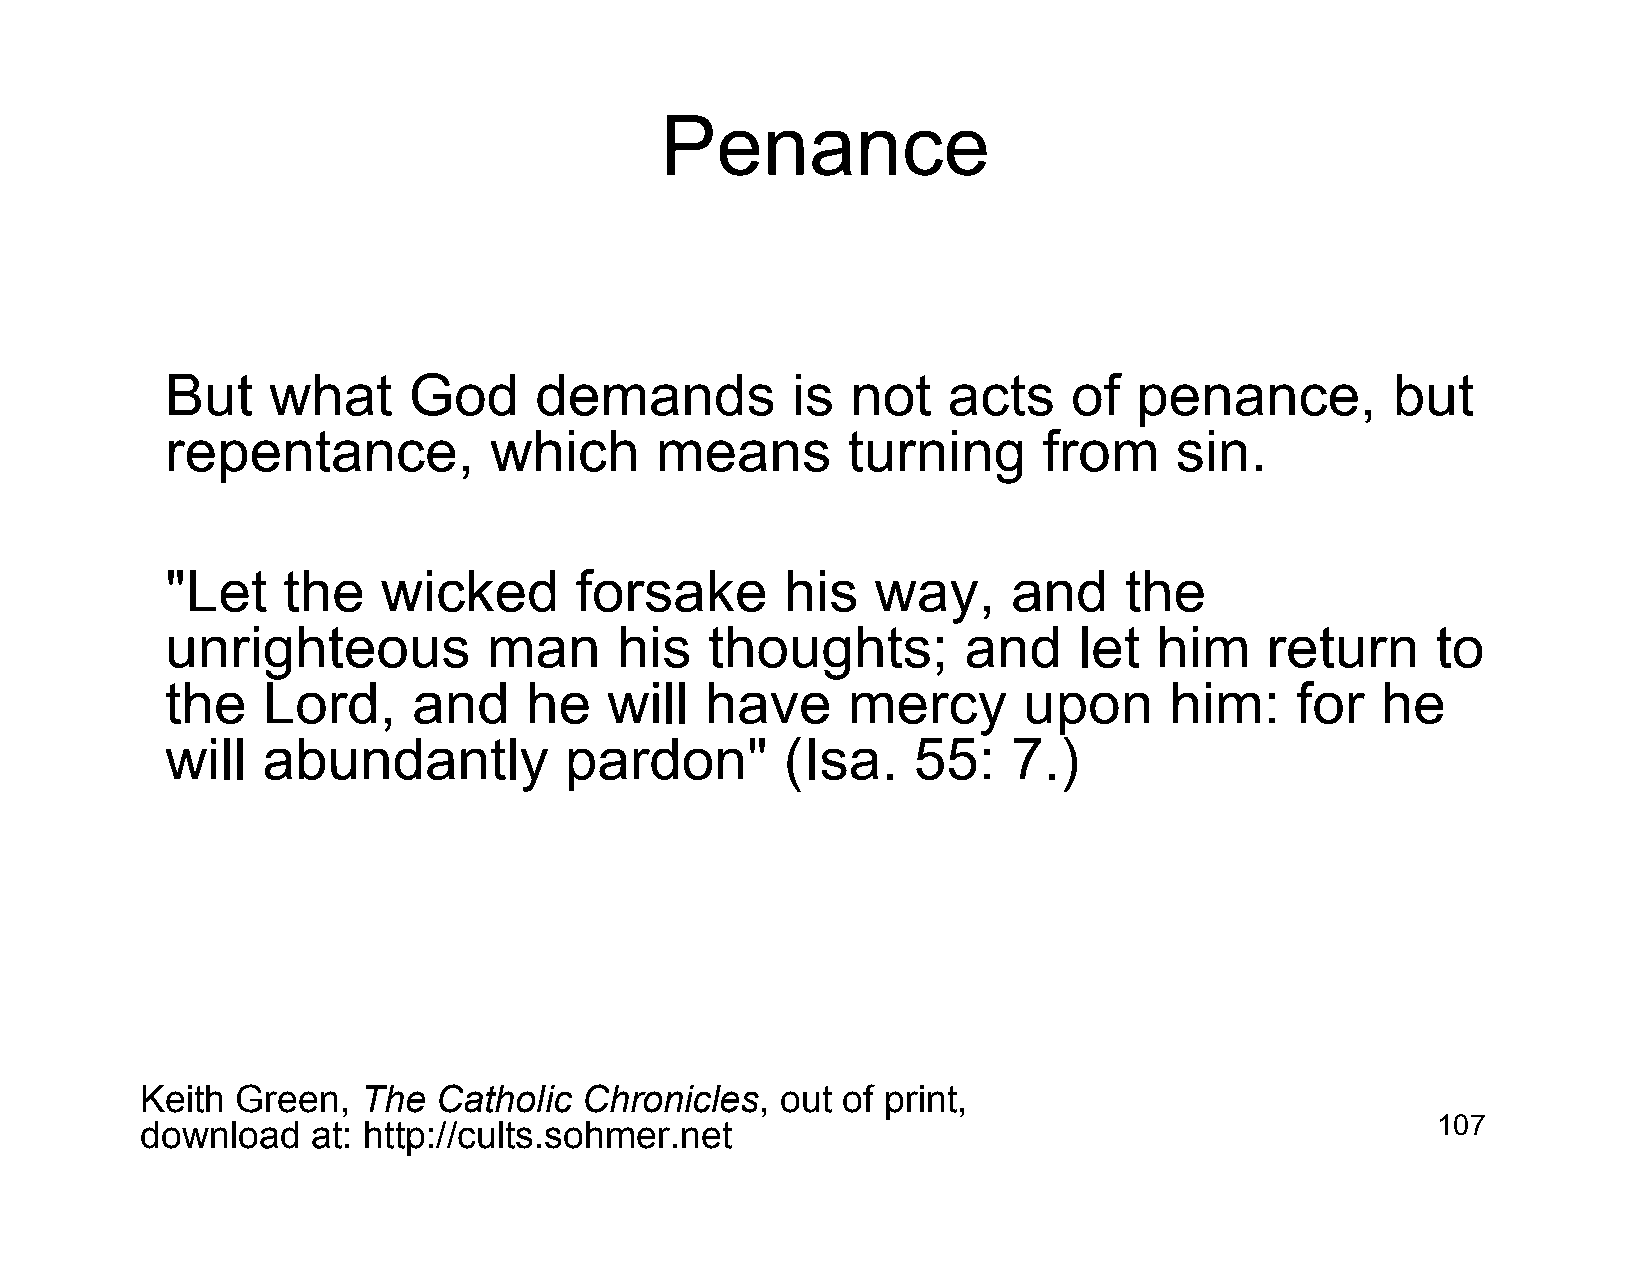
Penance
 But    what     God     demands          is  not    acts    of  penance,         but
 repentance,          which      means        turning      from     sin.
 "Let    the   wicked       forsake       his   way,     and    the
 unrighteous          man      his   thoughts;        and    let   him    return     to
 the   Lord,     and     he   will   have     mercy       upon     him:     for  he
 will  abundantly          pardon"        (Isa.   55:    7.)
 Keith  Green,  The  Catholic  Chronicles,  out of print,
 download    at: http://cults.sohmer.net                                               107